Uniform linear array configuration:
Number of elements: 12
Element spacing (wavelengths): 0.5
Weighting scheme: cosine
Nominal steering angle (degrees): -45
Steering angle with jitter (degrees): -46.464
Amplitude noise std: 0.05
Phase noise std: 0.05

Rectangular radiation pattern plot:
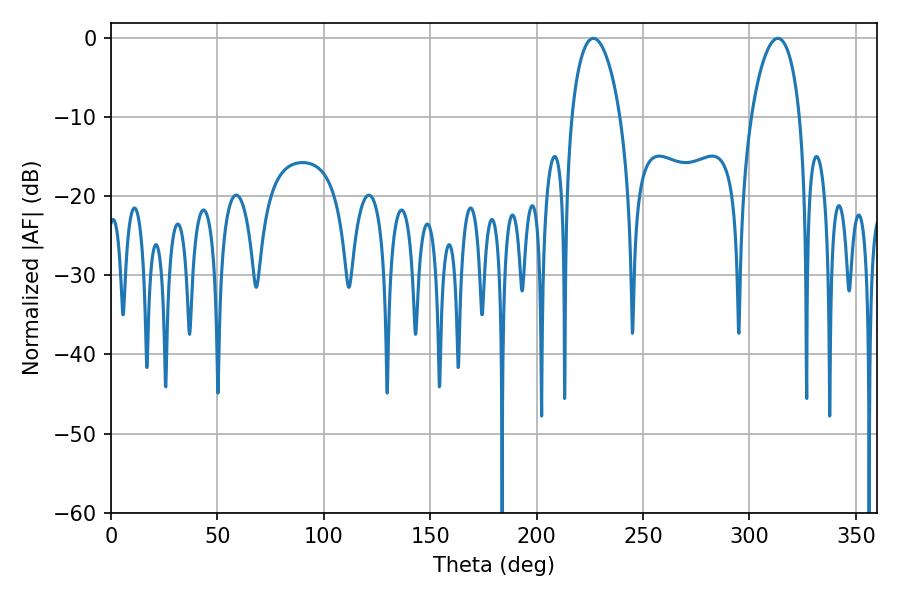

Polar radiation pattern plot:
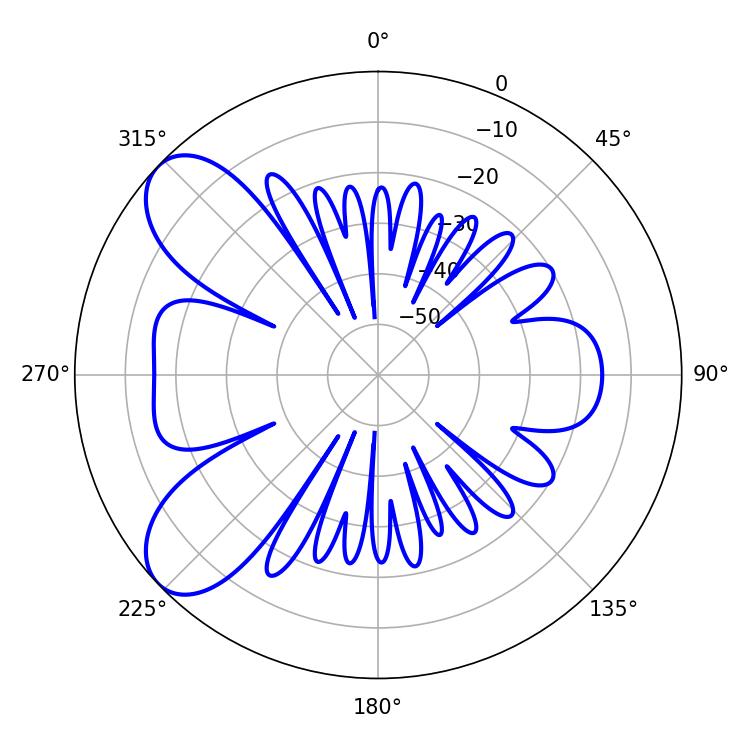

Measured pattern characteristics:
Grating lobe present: FALSE
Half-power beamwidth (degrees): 13.14
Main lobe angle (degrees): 226.62